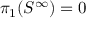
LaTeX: \pi _ { 1 } ( S ^ { \infty } ) = 0